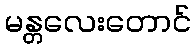
မန္တလေးတောင်